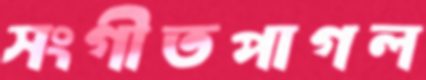
সংগীতপাগল